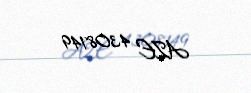
AZE 4308149